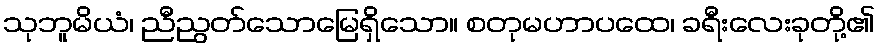
သုဘူမိယံ၊ ညီညွတ်သောမြေရှိသော။ စတုမဟာပထေ၊ ခရီးလေးခုတို့၏